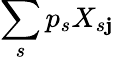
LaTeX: \sum_{s}p_{s}X_{s\mathbf{j}}